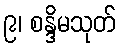
၉၊ စန္ဒိမသုတ်